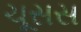
ચૂસસ